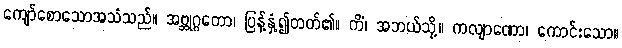
ကျော်စောသောအသံသည်။ အဗ္ဘုဂ္ဂတော၊ ပြန့်နှံ့၍တတ်၏။ ကိံ၊ အဘယ်သို့။ ကလျာဏော၊ ကောင်းသော။